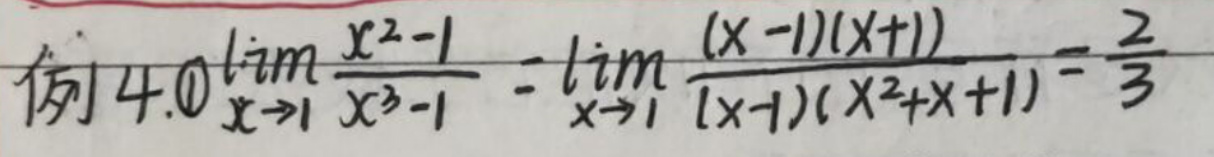
例4.1\(\lim_{x to 1} \frac{x^2 - 1}{x^3 - 1} = \lim_{x to 1} \frac{x - 1x + 1}{x - 1x^2 + x + 1} = \frac{2}{3}\)